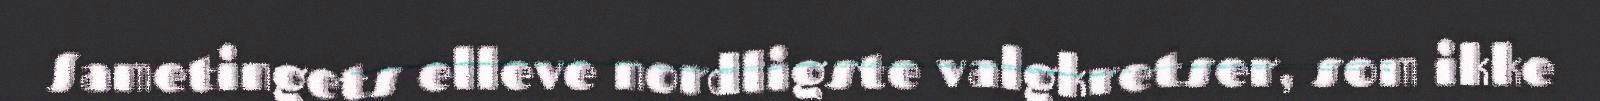
Sametingets elleve nordligste valgkretser, som ikke